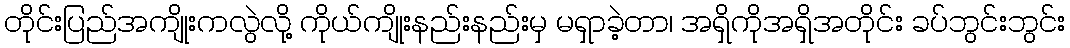
တိုင်းပြည်အကျိုးကလွဲလို့ ကိုယ်ကျိုးနည်းနည်းမှ မရှာခဲ့တာ၊ အရှိကိုအရှိအတိုင်း ခပ်ဘွင်းဘွင်း